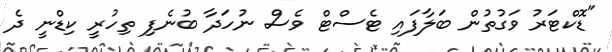
"ޑޮކްޓަރު ވަގުތުން ބަލާފައި ޓެސްޓް ވެސް ނުހަދާ ބުނެފި ތިހުރީ ކިޑްނީ ދެ